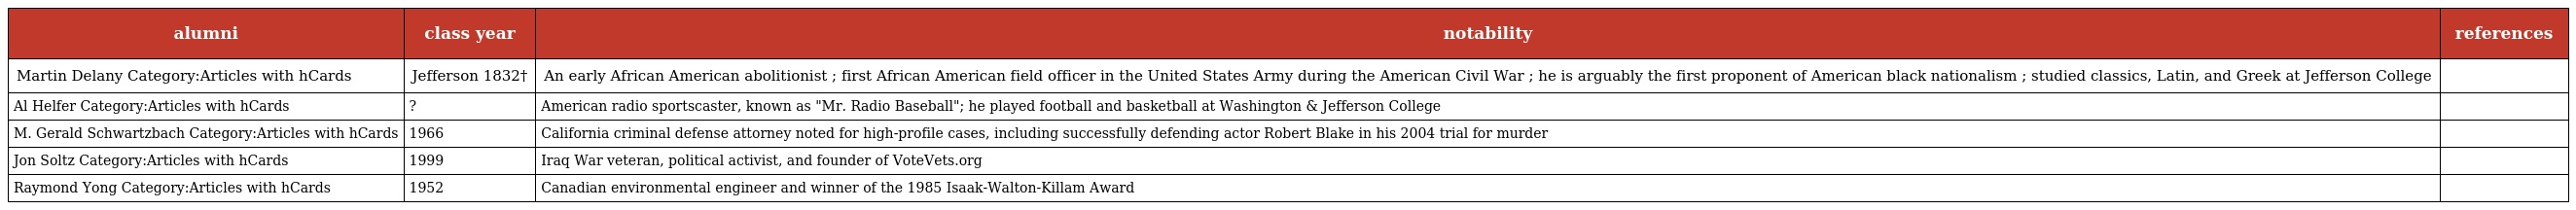
| alumni | class year | notability | references |
 | --- | --- | --- | --- |
 | Martin Delany Category:Articles with hCards | Jefferson 1832† | An early African American abolitionist ; first African American field officer in the United States Army during the American Civil War ; he is arguably the first proponent of American black nationalism ; studied classics, Latin, and Greek at Jefferson College |  |
 | Al Helfer Category:Articles with hCards | ? | American radio sportscaster, known as "Mr. Radio Baseball"; he played football and basketball at Washington & Jefferson College |  |
 | M. Gerald Schwartzbach Category:Articles with hCards | 1966 | California criminal defense attorney noted for high-profile cases, including successfully defending actor Robert Blake in his 2004 trial for murder |  |
 | Jon Soltz Category:Articles with hCards | 1999 | Iraq War veteran, political activist, and founder of VoteVets.org |  |
 | Raymond Yong Category:Articles with hCards | 1952 | Canadian environmental engineer and winner of the 1985 Isaak-Walton-Killam Award |  |